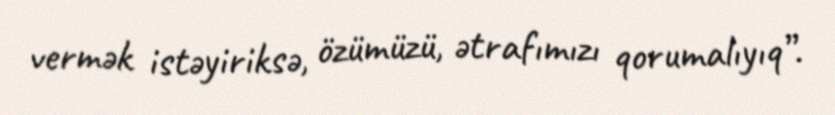
vermək istəyiriksə, özümüzü, ətrafımızı qorumalıyıq”.